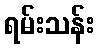
ရမ်းသန်း